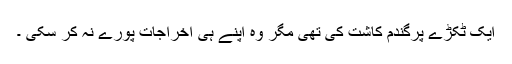
ایک ٹکڑے پرگندم کاشت کی تھی مگر وہ اپنے ہی اخراجات پورے نہ کر سکی ۔